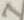
Text: 7